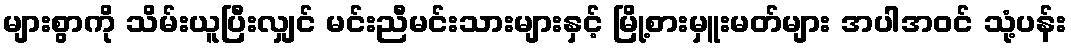
များစွာကို သိမ်းယူပြီးလျှင် မင်းညီမင်းသားများနှင့် မြို့စားမှူးမတ်များ အပါအဝင် သုံ့ပန်း